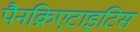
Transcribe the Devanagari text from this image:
पैनक्रिएटाइटिस